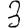
Digit: 3